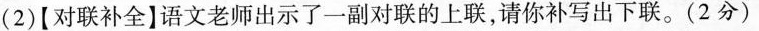
(2)[对联补全】语文老师出示了一副对联的上联，请你补写出下联。(2分)